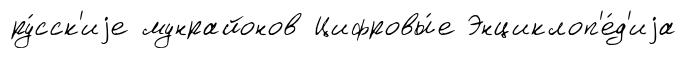
ру́сск'иjе мунрайонов Цифровы́е Энциклоп'е́д'иjа